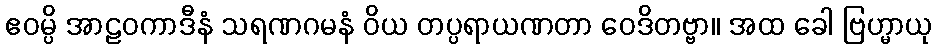
ဧဝမ္ပိ အာဠဝကာဒီနံ သရဏဂမနံ ဝိယ တပ္ပရာယဏတာ ဝေဒိတဗ္ဗာ။ အထ ခေါ ဗြဟ္မာယု